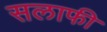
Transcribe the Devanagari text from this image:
सलाफी